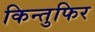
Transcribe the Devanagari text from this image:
किन्तुफिर